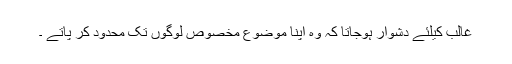
غالب کیلئے دشوار ہوجاتا کہ وہ اپنا موضوع مخصوص لوگوں تک محدود کر پاتے ۔